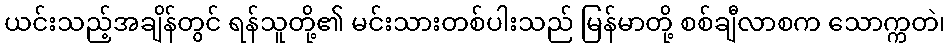
ယင်းသည့်အချိန်တွင် ရန်သူတို့၏ မင်းသားတစ်ပါးသည် မြန်မာတို့ စစ်ချီလာစက သောက္ကတဲ၊